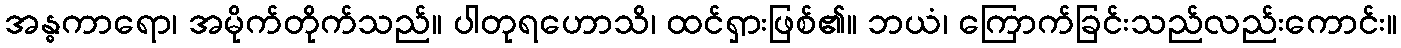
အန္ဓကာရော၊ အမိုက်တိုက်သည်။ ပါတုရဟောသိ၊ ထင်ရှားဖြစ်၏။ ဘယံ၊ ကြောက်ခြင်းသည်လည်းကောင်း။